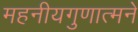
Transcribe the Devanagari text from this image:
महनीयगुणात्मने